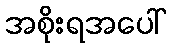
အစိုးရအပေါ်